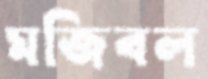
মজিবল